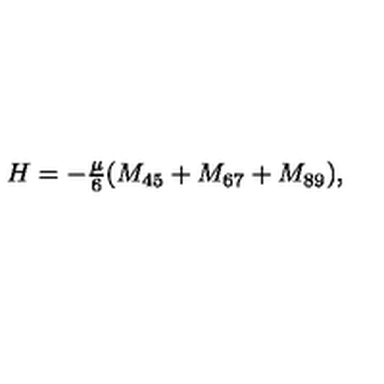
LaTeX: H = - \textstyle { \frac { \mu } { 6 } } ( M _ { 4 5 } + M _ { 6 7 } + M _ { 8 9 } ) ,